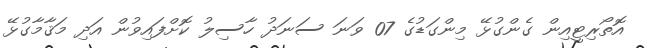
އޮތޯރިޓީއިން ގެންގުޅޭ މިންގަޑުގެ 07 ވަނަ ސަނަދު ހާސިލު ކޮށްފައިވުން އަދި މަޤާމާގުޅޭ